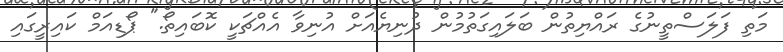
މަތި ފަލަސްތީނުގެ ރައްޔިތުން ބަލައިގަތުމުން ދުނިޔެއަށް އުނިވާ އެއްޗަކީ ކޮބައިތޯ." ޕޯޑިއަމް ކައިރީގައި